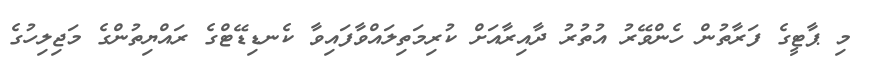
މި ޕާޓީގެ ފަރާތުން ހެންވޭރު އުތުރު ދާއިރާއަށް ކުރިމަތިލައްވާފައިވާ ކެނޑިޑޭޓްގެ ރައްޔިތުންގެ މަޖިލިހުގެ